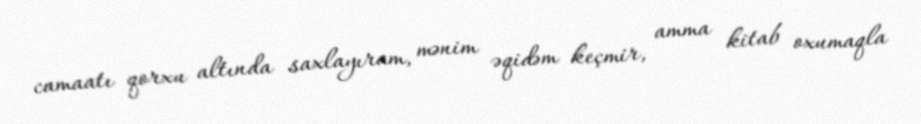
camaatı qorxu altında saxlayıram, mənim əqidəm keçmir, amma kitab oxumaqla